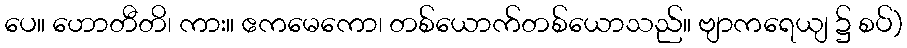
ပေ။ ဟောတီတိ၊ ကား။ ဧကမေကော၊ တစ်ယောက်တစ်ယောသည်။ ဗျာကရေယျ ၌ စပ်)